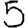
Digit: 5